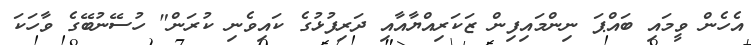
އެހެން ވީމައި ބައްޕަ ނިންމައިފިން ޒަކަރިއްޔާއާއި ދަރިފުޅުގެ ކައިވެނި ކުރަން" ހުސޭނުބޭގެ ވާހަކަ